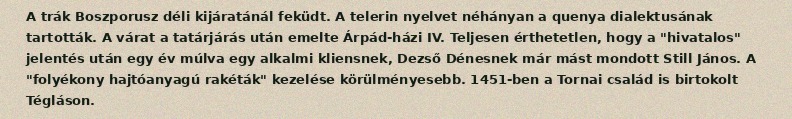
A trák Boszporusz déli kijáratánál feküdt. A telerin nyelvet néhányan a quenya dialektusának tartották. A várat a tatárjárás után emelte Árpád-házi IV. Teljesen érthetetlen, hogy a "hivatalos" jelentés után egy év múlva egy alkalmi kliensnek, Dezső Dénesnek már mást mondott Still János. A "folyékony hajtóanyagú rakéták" kezelése körülményesebb. 1451-ben a Tornai család is birtokolt Tégláson.